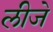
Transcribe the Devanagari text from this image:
लीजे